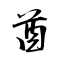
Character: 酋